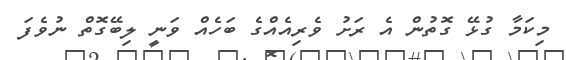
މިކަމާ ގުޅޭ ގޮތުން އެ ރަށު ވެރިއެއްގެ ބަހެއް ވަނީ ލިބޭގޮތް ނުވެފަ